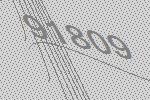
91809